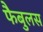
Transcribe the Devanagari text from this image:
फैबुलस